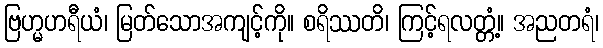
ဗြဟ္မဟရီယံ၊ မြတ်သောအကျင့်ကို။ စရိဿတိ၊ ကြင့်ရလတ္တံ့။ အညတရံ၊